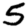
Digit: 5